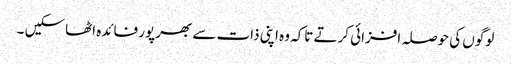
لوگوں کی حوصلہ افزائی کرتے تاکہ وہ اپنی ذات سے بھرپور فائدہ اٹھاسکیں ۔